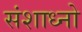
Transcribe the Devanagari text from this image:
संशाध्नो